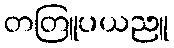
တတြူပယညူ